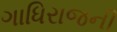
ગાધિરાજની